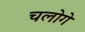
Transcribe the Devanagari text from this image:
चलोगे